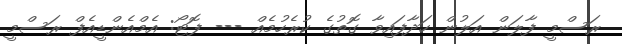
ރަސްމީ ފާލަން އަލުން ހަދާފައިވާ ގޮތުގެ ކުރެހުމެއް --- ފޮޓޯ: އެމްއެންޑީއެފް ރަަސްމީ